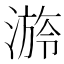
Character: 𣻒